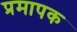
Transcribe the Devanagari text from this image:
प्रमापक